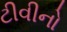
ટીવીનો